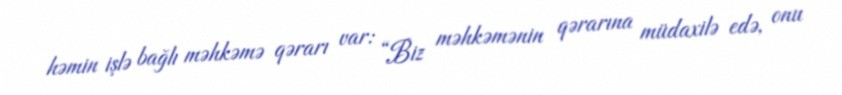
həmin işlə bağlı məhkəmə qərarı var: “Biz məhkəmənin qərarına müdaxilə edə, onu